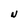
Character: N